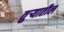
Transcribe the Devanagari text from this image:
तुर्‍यातील